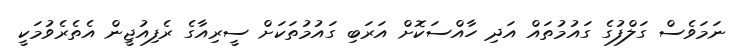
ނަމަވެސް ގަލްފުގެ ގައުމުތައް އަދި ހާއްސަކޮށް އަރަބި ގައުމުތަކަށް ސީރިއާގެ ރެފިއުޖީން އެތެރެވުމަކީ